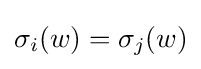
\sigma _{i}(w)=\sigma _{j}(w)